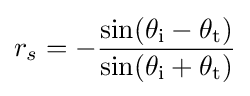
r_{s}=-{\frac {\sin(\theta _{\text{i}}-\theta _{\text{t}})}{\sin(\theta _{\text{i}}+\theta _{\text{t}})}}